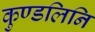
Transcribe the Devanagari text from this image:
कुण्डलिनि